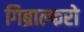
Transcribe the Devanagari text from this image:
गिब्राल्फरो